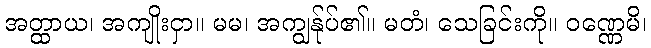
အတ္ထာယ၊ အကျိုးငှာ။ မမ၊ အကျွန်ုပ်၏။ မတံ၊ သေခြင်းကို။ ဝဏ္ဏေမိ၊